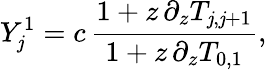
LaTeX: Y_{\mathit{j}}^{1}=c\, \frac{{1+z\, \partial_{z}T_{\mathit{j},\mathit{j}+1}}}{{1+z\, \partial_{z}T_{0,1}}},